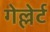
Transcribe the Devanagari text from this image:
गेल्लेर्ट